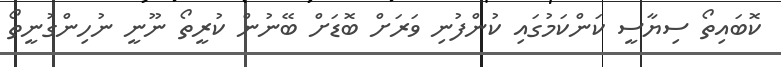
ކޮބައިތޯ ސިޔާސީ ކަންކަމުގައި ކުންފުނި ވަރަށް ބޮޑަށް ބޭނުން ކުރީތޯ ނޫނީ ނުހިންގުނީތޯ